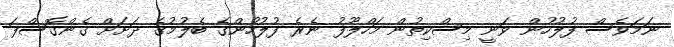
ނަމަވެސް ފުލުހުން ވަނީ މިސްކިތުން މަހްލޫފު ނެރެ ފުލުހުންގެ ބެލުމުގެ ދަށަށް ގެންގޮސްފަ